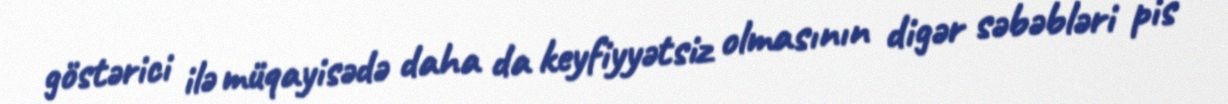
göstərici ilə müqayisədə daha da keyfiyyətsiz olmasının digər səbəbləri pis